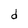
Character: d